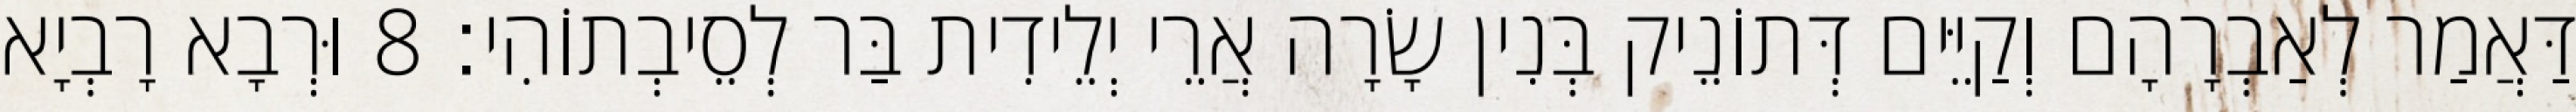
דַּאֲמַר לְאַבְרָהָם וְקַיֵּים דְּתוֹנֵיק בְּנִין שָׂרָה אֲרֵי יְלֵידִית בַּר לְסֵיבְתוֹהִי׃ 8 וּרְבָא רָבְיָא